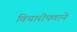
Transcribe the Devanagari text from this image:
विचारीपणाने